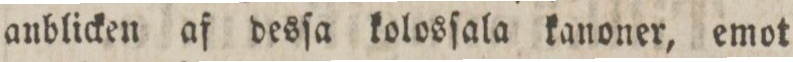
anblicken af desſa kolosſala kanoner, emot